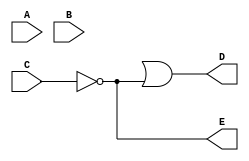
module sample (
    A, B, C, D, E
);

input A;
input B;
input C;

output D;
output E;

wire W1;

and g1(W1, A, B);
not g2(E, C);
or g3(D, w1, E);
    
endmodule